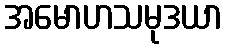
အမောဟသမုဒယာ